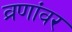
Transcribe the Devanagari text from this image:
व्रणांवर